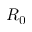
R _ { 0 }